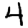
Digit: 4